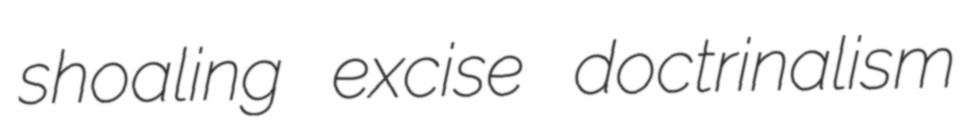
shoaling excise doctrinalism